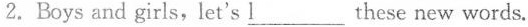
2.Boys and girls,let's \underline{l}___ these new words.